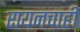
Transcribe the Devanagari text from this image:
रायनचाही